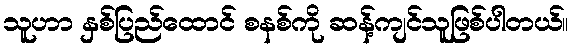
သူဟာ နှစ်ပြည်ထောင် စနစ်ကို ဆန့်ကျင်သူဖြစ်ပါတယ်။